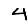
Digit: 4